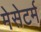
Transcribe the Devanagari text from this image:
मेसेटर्म